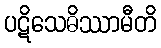
ပဋိသေဓိဿာမီတိ